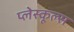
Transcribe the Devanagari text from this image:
प्लेस्कूल्स